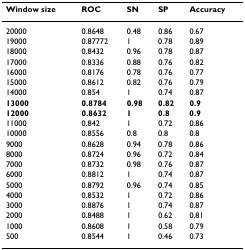
<table><thead><tr><td><b>Window size</b></td><td><b>ROC</b></td><td><b>SN</b></td><td><b>SP</b></td><td><b>Accuracy</b></td></tr></thead><tbody><tr><td>20000</td><td>0.8648</td><td>0.48</td><td>0.86</td><td>0.67</td></tr><tr><td>19000</td><td>0.87772</td><td>1</td><td>0.78</td><td>0.89</td></tr><tr><td>18000</td><td>0.8432</td><td>0.96</td><td>0.78</td><td>0.87</td></tr><tr><td>17000</td><td>0.8336</td><td>0.88</td><td>0.76</td><td>0.82</td></tr><tr><td>16000</td><td>0.8176</td><td>0.78</td><td>0.76</td><td>0.77</td></tr><tr><td>15000</td><td>0.8612</td><td>0.82</td><td>0.76</td><td>0.79</td></tr><tr><td>14000</td><td>0.854</td><td>1</td><td>0.74</td><td>0.87</td></tr><tr><td><b>13000</b></td><td><b>0.8784</b></td><td><b>0.98</b></td><td><b>0.82</b></td><td><b>0.9</b></td></tr><tr><td><b>12000</b></td><td><b>0.8632</b></td><td><b>1</b></td><td><b>0.8</b></td><td><b>0.9</b></td></tr><tr><td>11000</td><td>0.842</td><td>1</td><td>0.72</td><td>0.86</td></tr><tr><td>10000</td><td>0.8556</td><td>0.8</td><td>0.8</td><td>0.8</td></tr><tr><td>9000</td><td>0.8628</td><td>0.94</td><td>0.78</td><td>0.86</td></tr><tr><td>8000</td><td>0.8724</td><td>0.96</td><td>0.72</td><td>0.84</td></tr><tr><td>7000</td><td>0.8732</td><td>0.98</td><td>0.76</td><td>0.87</td></tr><tr><td>6000</td><td>0.8812</td><td>1</td><td>0.74</td><td>0.87</td></tr><tr><td>5000</td><td>0.8792</td><td>0.96</td><td>0.74</td><td>0.85</td></tr><tr><td>4000</td><td>0.8532</td><td>1</td><td>0.72</td><td>0.86</td></tr><tr><td>3000</td><td>0.8876</td><td>1</td><td>0.74</td><td>0.87</td></tr><tr><td>2000</td><td>0.8488</td><td>1</td><td>0.62</td><td>0.81</td></tr><tr><td>1000</td><td>0.8608</td><td>1</td><td>0.58</td><td>0.79</td></tr><tr><td>500</td><td>0.8544</td><td>1</td><td>0.46</td><td>0.73</td></tr></tbody></table>